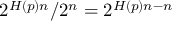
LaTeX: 2 ^ { H ( p ) n } / 2 ^ { n } = 2 ^ { H ( p ) n - n }